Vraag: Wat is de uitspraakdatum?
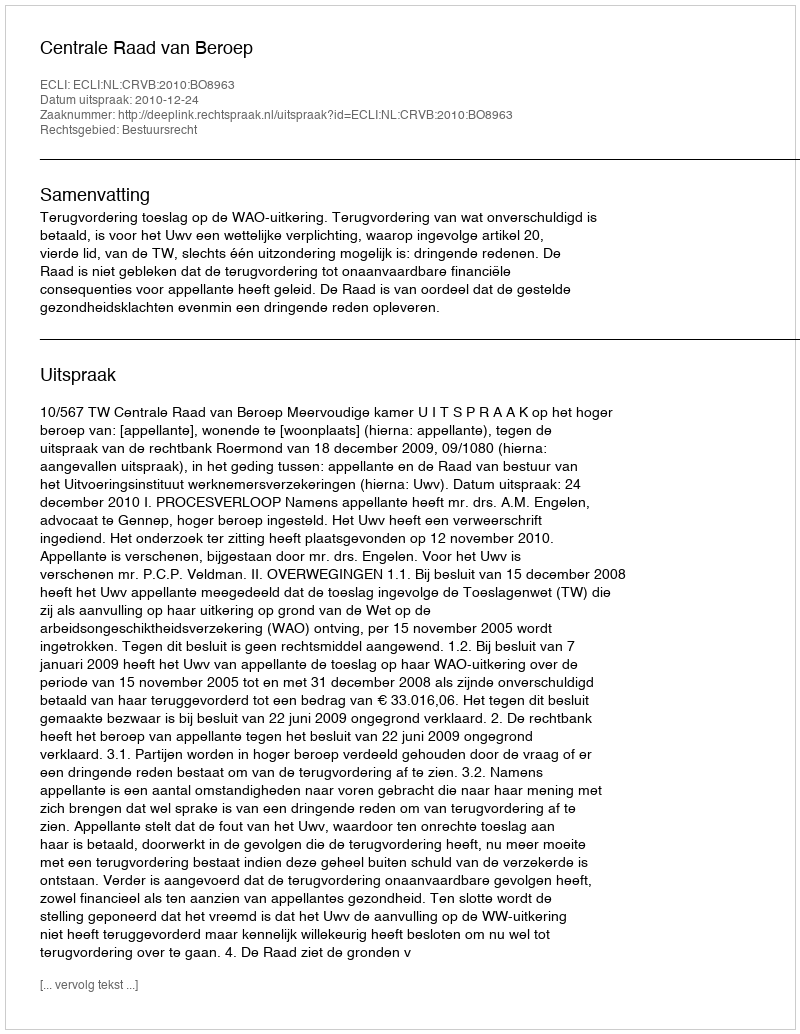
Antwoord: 2010-12-24